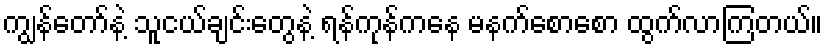
ကျွန်တော်နဲ့ သူငယ်ချင်းတွေနဲ့ ရန်ကုန်ကနေ မနက်စောစော ထွက်လာကြတယ်။